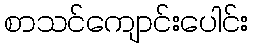
စာသင်ကျောင်းပေါင်း